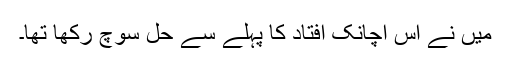
میں نے اس اچانک افتاد کا پہلے سے حل سوچ رکھا تھا۔